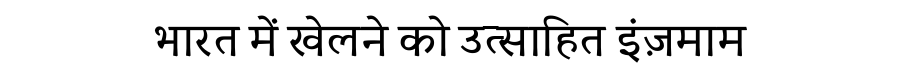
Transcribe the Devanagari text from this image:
भारत में खेलने को उत्साहित इंज़माम